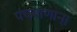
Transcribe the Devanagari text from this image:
पंचबाणान्‌।